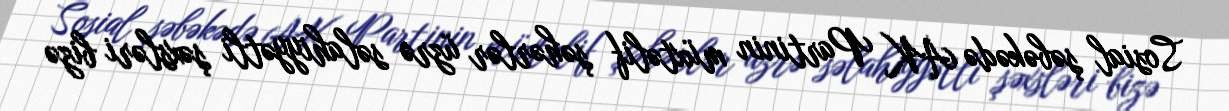
Sosial şəbəkədə AK Partinin müxtəlif şəhərlər üzrə səlahiyyətli şəxsləri bizə